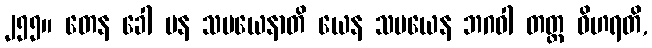
၂၅၅။ တေန ခေါ ပန သမယေနာတိ ယေန သမယေန ဘဂဝါ တတ္ထ ဝိဟရတိ,